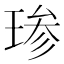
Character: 𱯆